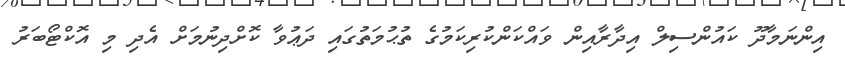
އިންނަމާދޫ ކައުންސިލް އިދާރާއިން ވައްކަންކުރިކަމުގެ ތުޙުމަތުގައި ދަޢުވާ ކޮށްދިނުމަށް އެދި މި އޮކްޓޯބަރު